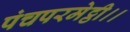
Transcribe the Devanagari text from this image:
पंचपरमेट्ठी।।